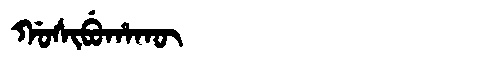
Manchu: ᡤᠣᠰᡳᠪᡠᡥᠠᡴᡡ
Romanization: GOSIBUHAKŪ